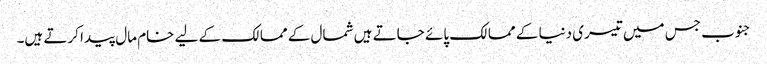
جنوب جس میں تیسری دنیا کے ممالک پائے جاتے ہیں شمال کے ممالک کے لیے خام مال پیدا کرتے ہیں۔